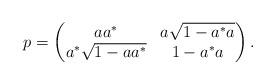
LaTeX: \begin{align*}p=\begin{pmatrix}aa^{*} & a\sqrt{1-a^{*}a}\\a^{*}\sqrt{1-aa^{*}} & 1-a^{*}a\end{pmatrix} .\end{align*}